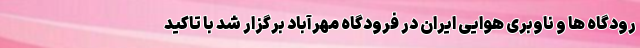
رودگاه ها و ناوبری هوایی ایران در فرودگاه مهرآباد برگزار شد با تاکید